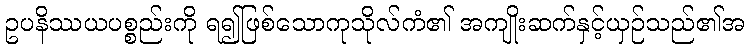
ဥပနိဿယပစ္စည်းကို ရ၍ဖြစ်သောကုသိုလ်ကံ၏ အကျိုးဆက်နှင့်ယှဉ်သည်၏အ